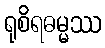
ရုစိရဓမ္မဿ